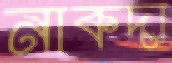
নাকদা